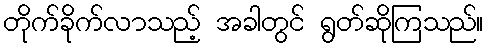
တိုက်ခိုက်လာသည့် အခါတွင် ရွတ်ဆိုကြသည်။